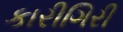
કારીગિરી